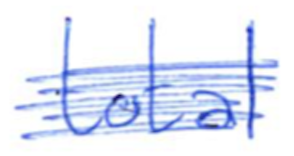
Text: total
Cross-out: scratch
Writing tool: ballpoint